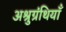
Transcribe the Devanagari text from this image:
अश्रुग्रंथियाँ